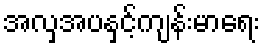
အလှအပနှင့်ကျန်းမာရေး